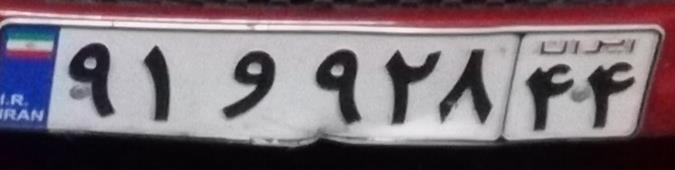
۹۱و۹۲۸۴۴